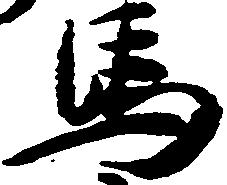
馬